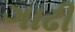
ગાઢી